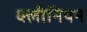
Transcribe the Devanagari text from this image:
क्लीनियन